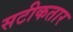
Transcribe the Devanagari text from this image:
सटीकतार